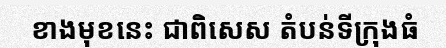
ខាងមុខនេះ ជាពិសេស តំបន់ទីក្រុងធំ